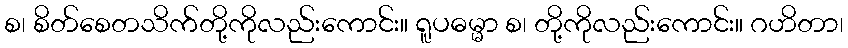
စ၊ စိတ်စေတသိက်တို့ကိုလည်းကောင်း။ ရူပဓမ္မာ စ၊ တို့ကိုလည်းကောင်း။ ဂဟိတာ၊